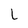
Character: L